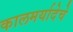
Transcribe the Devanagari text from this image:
कालमर्यादेचे